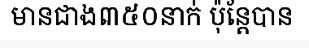
មានជាង៣៥០នាក់ ប៉ុន្តែបាន